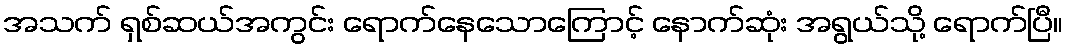
အသက် ရှစ်ဆယ်အကွင်း ရောက်နေသောကြောင့် နောက်ဆုံး အရွယ်သို့ ရောက်ပြီ။